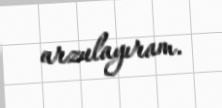
arzulayıram.